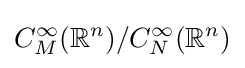
C_{M}^{\infty }(\mathbb {R} ^{n})/C_{N}^{\infty }(\mathbb {R} ^{n})